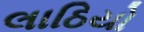
લાઠિયો